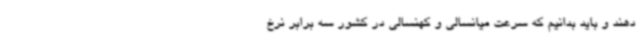
دهند و باید بدانیم که سرعت میانسالی و کهنسالی در کشور سه برابر نرخ